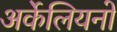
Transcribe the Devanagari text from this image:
अर्केलियनो